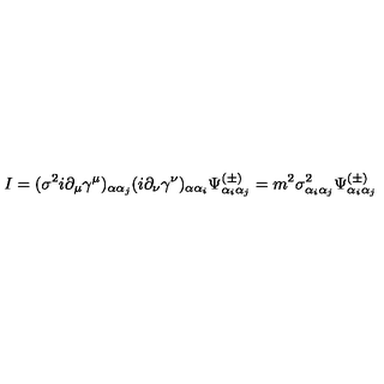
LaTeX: I = ( \sigma ^ { 2 } i \partial _ { \mu } \gamma ^ { \mu } ) _ { \alpha \alpha _ { j } } ( i \partial _ { \nu } \gamma ^ { \nu } ) _ { \alpha \alpha _ { i } } \Psi _ { \alpha _ { i } \alpha _ { j } } ^ { ( \pm ) } = m ^ { 2 } \sigma _ { \alpha _ { i } \alpha _ { j } } ^ { 2 } \Psi _ { \alpha _ { i } \alpha _ { j } } ^ { ( \pm ) }